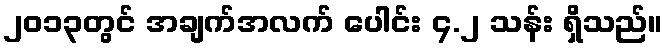
၂၀၁၃တွင် အချက်အလက် ပေါင်း ၄.၂ သန်း ရှိသည်။